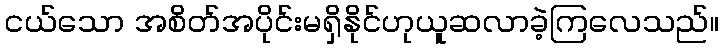
ငယ်သော အစိတ်အပိုင်းမရှိနိုင်ဟုယူဆလာခဲ့ကြလေသည်။